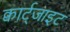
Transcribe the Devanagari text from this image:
क्वार्ट्जाइट